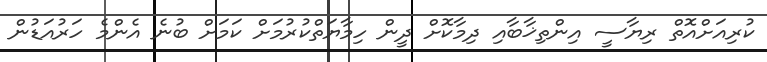
ކުރިއަށްއޮތް ރިޔާސީ އިންތިޚާބާއި ދިމާކޮށް ދީން ހިމާޔަތްކުރުމަށް ކަމަށް ބުނެ އެންމެ ހަރުއަޑުން